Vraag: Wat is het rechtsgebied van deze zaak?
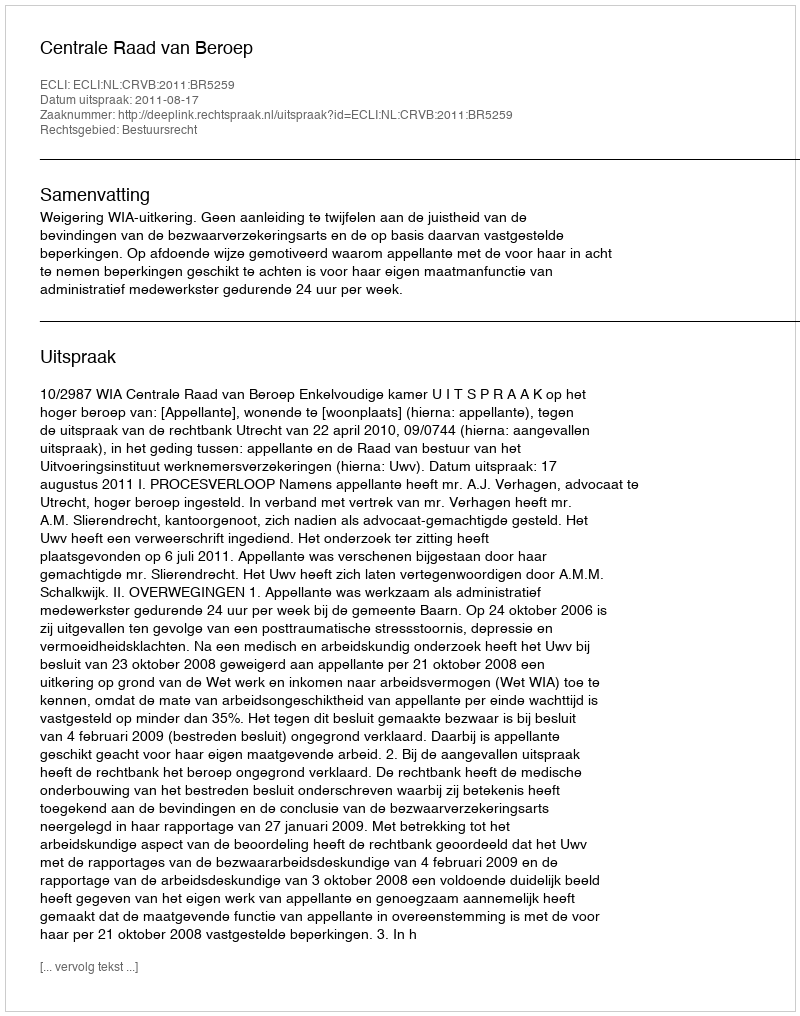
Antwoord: Bestuursrecht